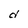
Character: d